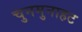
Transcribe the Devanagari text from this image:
चुनमुनाहट